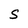
Character: S